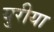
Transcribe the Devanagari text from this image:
युरीया